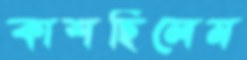
কাশছিলেম